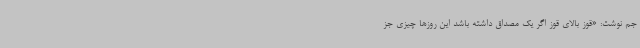
جم نوشت: «قوز بالای قوز اگر یک مصداق داشته‌ باشد این روزها چیزی جز